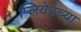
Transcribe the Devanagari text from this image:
प्लियेवच्या